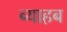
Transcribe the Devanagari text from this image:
ब्याहब